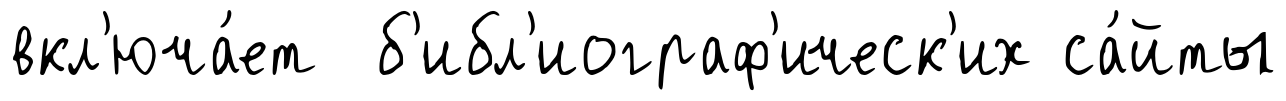
вкл'юча́ет б'ибл'иограф'ическ'их са́йты